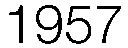
1957